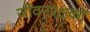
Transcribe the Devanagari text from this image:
जीवनरक्षकों